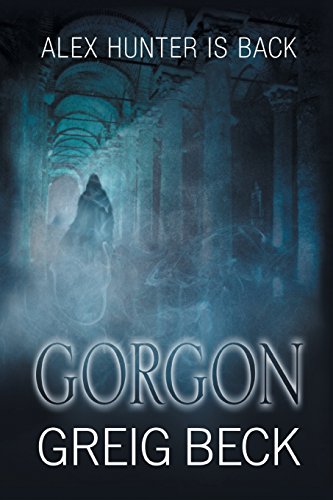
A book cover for Gorgon; Greig Beck; Science Fiction & Fantasy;